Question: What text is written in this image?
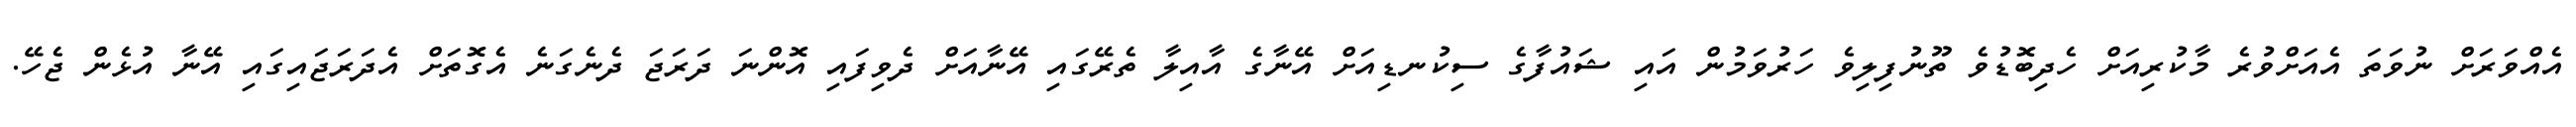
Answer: އެއްވަރަށް ނުވަތަ އެއަށްވުރެ މާކުރިއަށް ހެދިބޮޑުވެ ތޫނުފިލިވެ ހަރުވަމުން އައި ޝައުފާގެ ސިކުނޑިއަށް އޭނާގެ އާއިލާ ތެރޭގައި އޭނާއަށް ދެވިފައި އޮންނަ ދަރަޖަ ދެނެގަނެ އެގޮތަށް އެދަރަޖައިގައި އޭނާ އުޅެން ޖެހޭ.